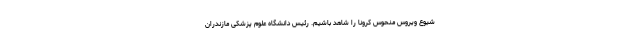
شیوع ویروس منحوس کرونا را شاهد باشیم. رئیس دانشگاه علوم پزشکی مازندران